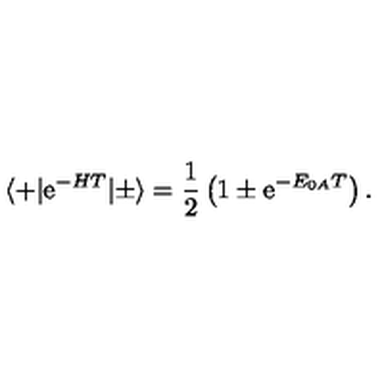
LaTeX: \langle + | \mathrm { e } ^ { - H T } | \pm \rangle = \frac { 1 } { 2 } \left( 1 \pm \mathrm { e } ^ { - E _ { 0 A } T } \right) .